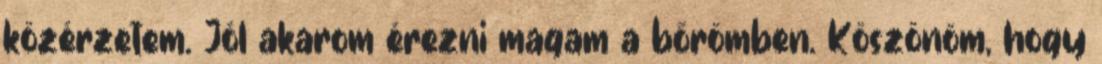
közérzetem. Jól akarom érezni magam a bőrömben. Köszönöm, hogy